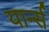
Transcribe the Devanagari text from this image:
यार्न्स